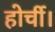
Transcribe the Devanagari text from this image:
होर्ची।